Scottish Leaving Certificate Examination, 1955
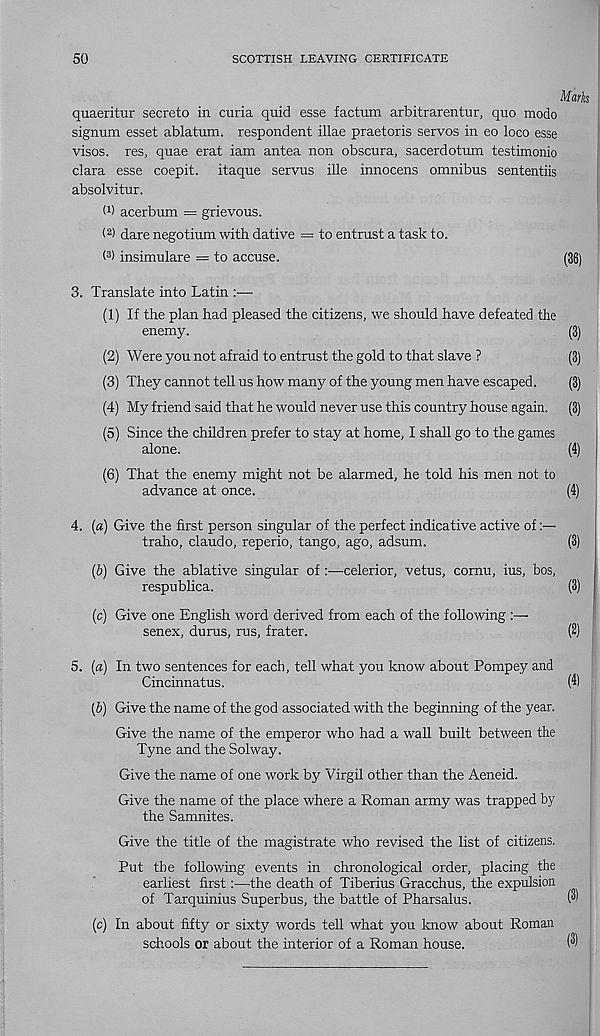
50
SCOTTISH LEAVING CERTIFICATE
Marks
quaeritur secreto in curia quid esse factum arbitrarentur, quo mode
signum esset ablatum. respondent illae praetoris servos in eo loco esse
visos. res, quae erat iam antea non obscura, sacerdotum testimonio
clara esse coepit. itaque servus ille innocens omnibus sententiis
absolvitur.
O) acerbum = grievous.
( 2 ) dare negotium with dative = to entrust a task to.
( 3 ) insimulare = to accuse.
(36)
3. Translate into Latin :—•
(1) If the plan had pleased the citizens, we should have defeated the
enemy.
(3)
(2) Were you not afraid to entrust the gold to that slave ?
(3)
(3) They cannot tell us how many of the young men have escaped.
(3)
(4) My friend said that he would never use this country house again. (3)
(5) Since the children prefer to stay at home, I shall go to the games
alone.
(4)
(6) That the enemy might not be alarmed, he told his men not to
advance at once.
(4)
4. [a) Give the first person singular of the perfect indicative active of:—
traho, claudo, reperio, tango, ago, adsum.
(3)
(b) Give the ablative singular of :—celerior, vetus, cornu, ius, bos,
respublica.
(3)
(c) Give one English word derived from each of the following :—
senex, durus, rus, frater.
(2)
5. (a) In two sentences for each, tell what you know about Pompey and
Cincinnatus.
(4)
[b) Give the name of the god associated with the beginning of the year.
Give the name of the emperor who had a wall built between the
Tyne and the Solway.
Give the name of one work by Virgil other than the Aeneid.
Give the name of the place where a Roman army was trapped by
the Samnites.
Give the title of the magistrate who revised the list of citizens.
Put the following events in chronological order, placing the
earliest first:—the death of Tiberius Gracchus, the expulsion
of Tarquinius Superbus, the battle of Pharsalus.
(c) In about fifty or sixty words tell what you know about Roman
schools or about the interior of a Roman house.